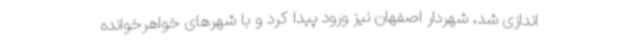
اندازی شد، شهردار اصفهان نیز ورود پیدا کرد و با شهرهای خواهرخوانده